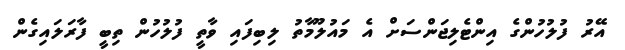
އޭރު ފުލުހުންގެ އިންޓެލިޖަންސަށް އެ މައުލޫމާތު ލިބިފައި ވާތީ ފުލުހުން ތިބީ ފާރަލައިގެން